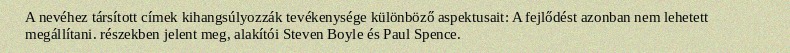
A nevéhez társított címek kihangsúlyozzák tevékenysége különböző aspektusait: A fejlődést azonban nem lehetett megállítani. részekben jelent meg, alakítói Steven Boyle és Paul Spence.